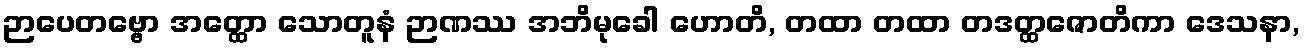
ဉာပေတဗ္ဗော အတ္ထော သောတူနံ ဉာဏဿ အဘိမုခေါ ဟောတိ, တထာ တထာ တဒတ္ထဇောတိကာ ဒေသနာ,